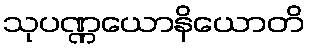
သုပဏ္ဏယောနိယောတိ